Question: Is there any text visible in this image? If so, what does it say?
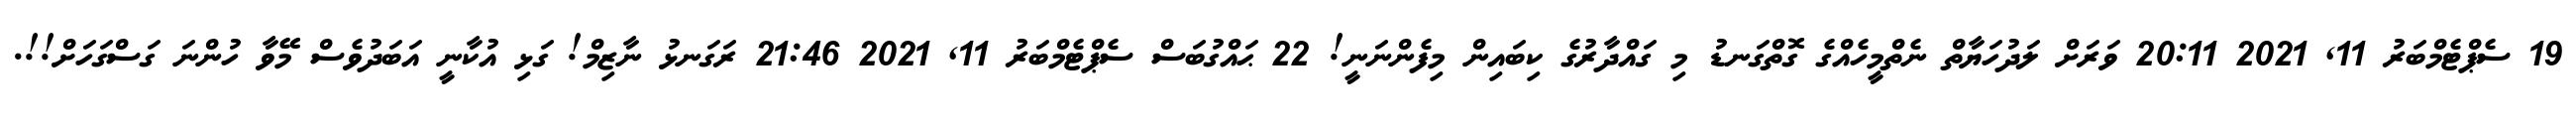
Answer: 19 ސެޕްޓެމްބަރު 11, 2021 20:11 ވަރަށް ލަދުހަޔާތް ނެތްމީހެއްގެ ގޮތްގަނޑު މި ގައްދާރުގެ ކިބައިން މިފެންނަނީ! 22 ޙައްގުބަސް ސެޕްޓެމްބަރު 11, 2021 21:46 ރަގަނޅު ނާޒިމް! ގަޅި އުކާނީ އަބަދުވެސް މޭވާ ހުންނަ ގަސްގަހަށް!!.